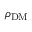
\rho _ { \mathrm { D M } }